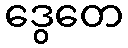
ဒွေတေ